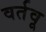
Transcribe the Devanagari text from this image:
वर्तवू